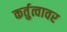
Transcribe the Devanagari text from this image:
कर्तुत्वावर